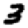
Digit: 3